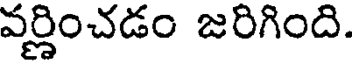
వర్ణించడం జరిగింది.